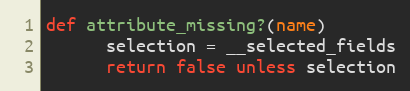
Language: Ruby
def attribute_missing?(name)
      selection = __selected_fields
      return false unless selection